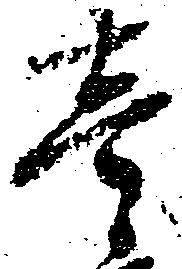
壱